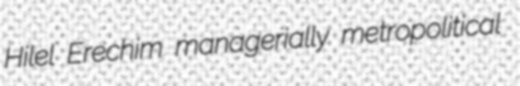
Hilel Erechim managerially metropolitical